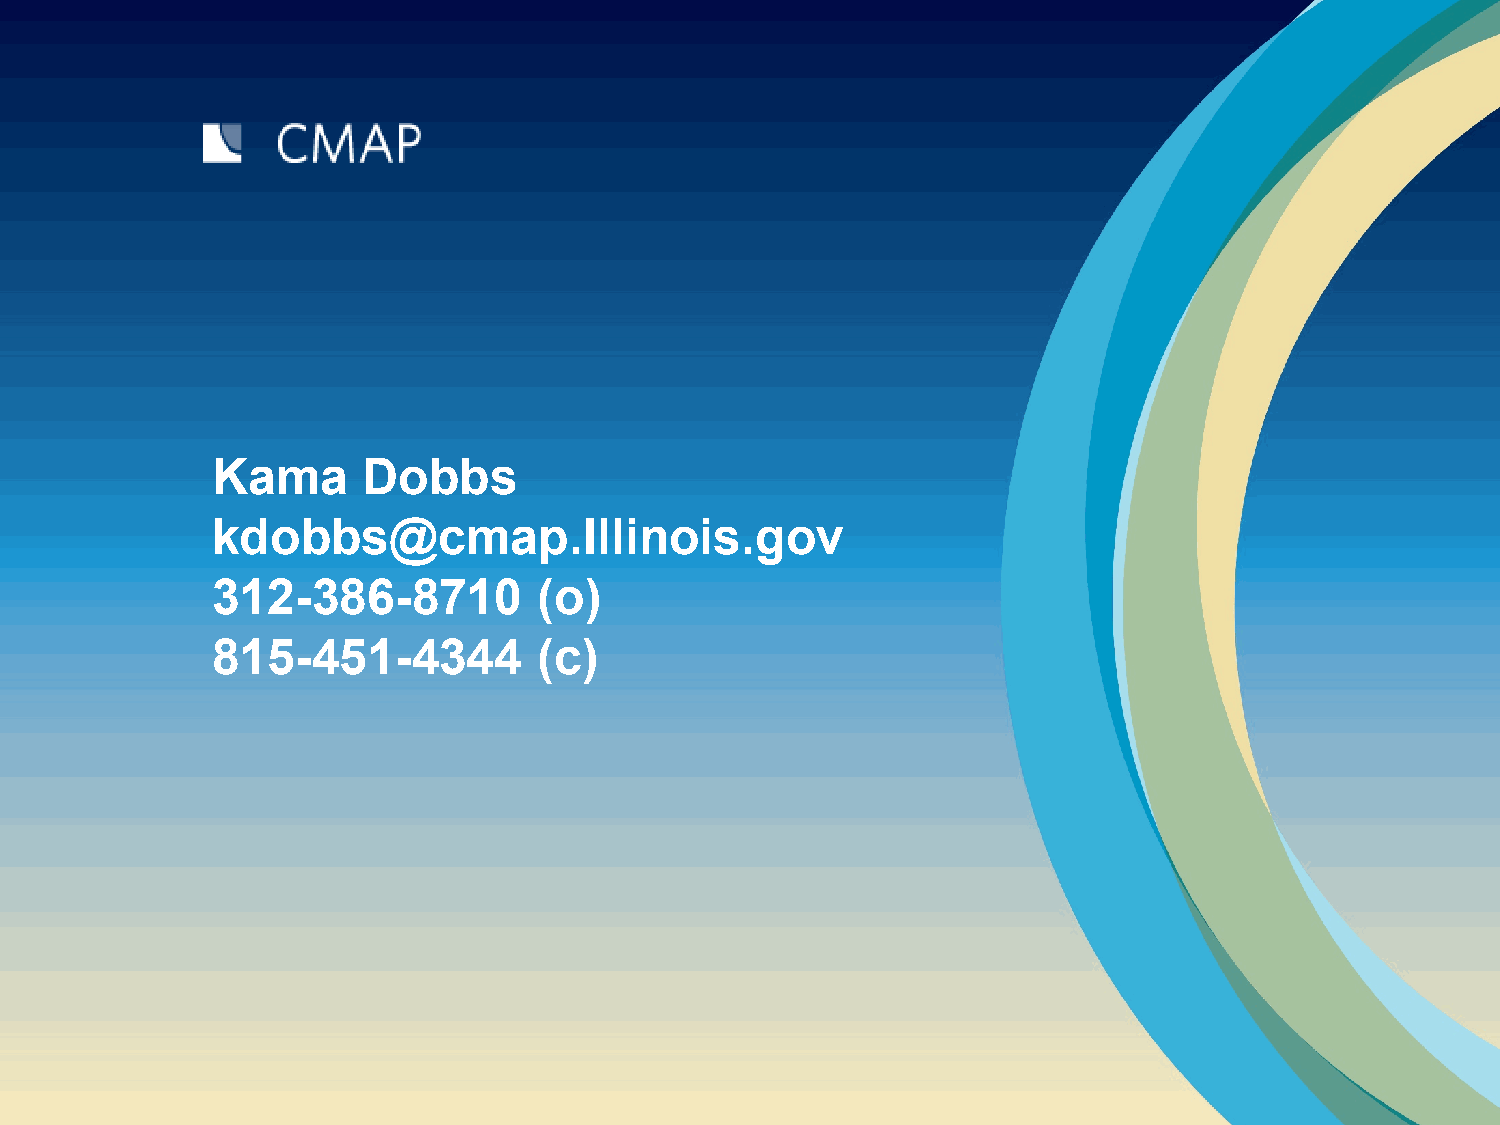
Kama      Dobbs
 kdobbs@cmap.Illinois.gov
 312-386-8710          (o)
 815-451-4344          (c)